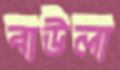
বাউলা